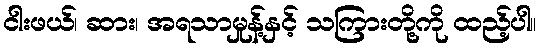
ငါးဖယ်၊ ဆား၊ အရသာမှုန့်နှင့် သကြားတို့ကို ထည့်ပါ။